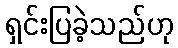
ရှင်းပြခဲ့သည်ဟု